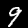
Digit: 9